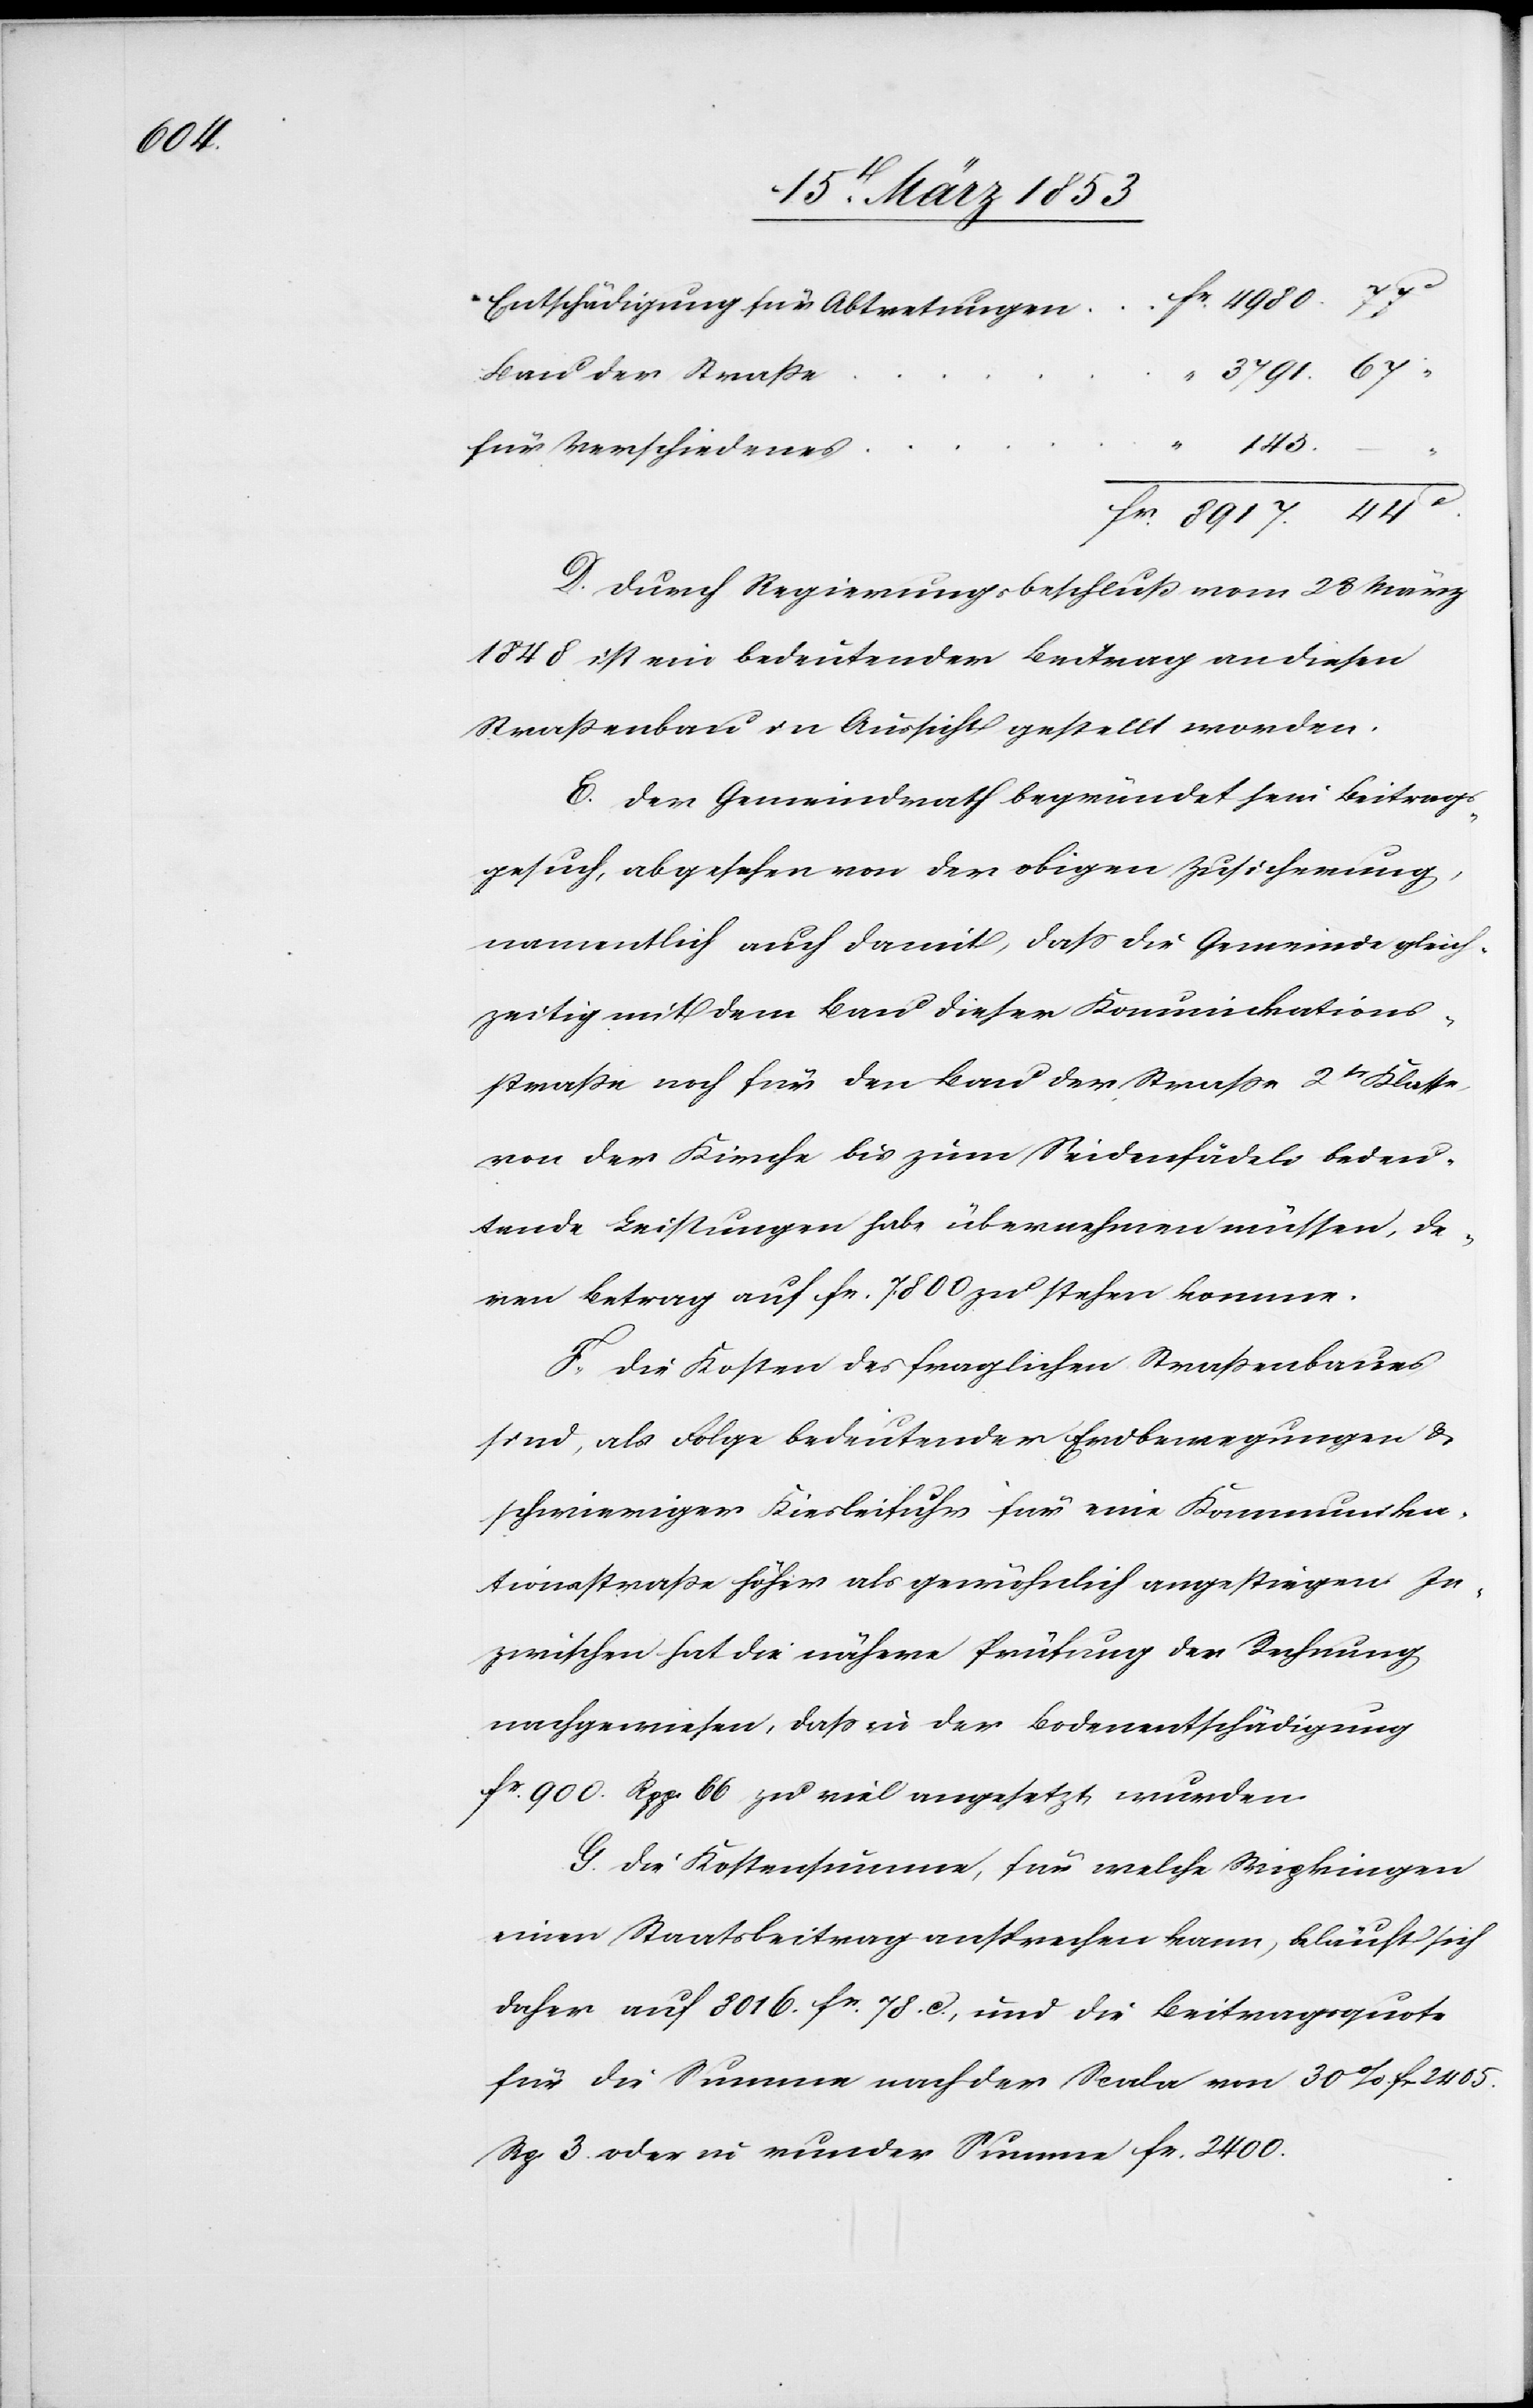
145.

Entschädigung für Abtretunge¬
der
3791. 67 “
fr. 8917. 44 c.
D. Durch Regierungsbeschluß vom 28 März
1848 ist ein bedeutender Beitrag an diesen
Straßenbau in Aussicht gestellt worden.
E. Der Gemeindrath begründet sein Beitrags¬
gesuch, abgesehen von der obigen Zusicherung,
namentlich auch damit, daß die Gemeinde gleich¬
zeitig mit dem Bau dieser Kommunikations¬
straße noch für den Bau der Straße 2tr. Klasse,
von der Kirche bis zum Seidenfädeli bedeu¬
tende Leistungen habe übernehmen müssen, de¬
ren Betrag auf fr. 7800 zu stehen kommen.
F. Die Kosten des fraglichen Straßenbaues
sind, als Folge bedeutender Erdbewegungen u.
schwieriger Kiesbeifuhr für eine Kommunika¬
tionsstraße höher als gewöhnlich angestiegen. In¬
zwischen hat die nähere Prüfung der Rechnung
nachgewiesen, daß in der Bodenentschädigung
fr. 900. Rpp. 66 zu viel angesetzt wurden.
G. Die Kostensumme, für welche Wipkingen
einen Staatsbeitrag ansprechen kann, beläuft sich
daher auf 8016 fr. 78 c., und die Beitragsquote
für die Summe nach der Scala von 30% fr. 2405.
Rp. 3 oder in runder Summe fr. 2400.